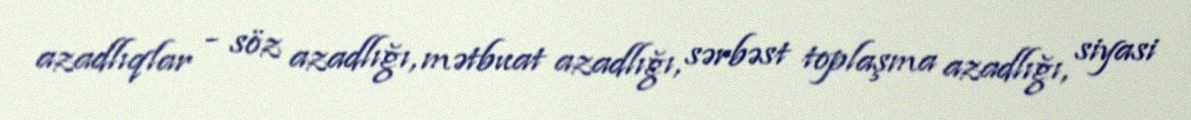
azadlıqlar - söz azadlığı, mətbuat azadlığı, sərbəst toplaşma azadlığı, siyasi